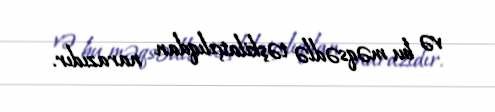
və bu məqsədlə təşkilatçılıqdan narazıdır.